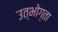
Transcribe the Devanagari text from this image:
उत्भोग्ता